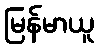
မြန်မာယူ